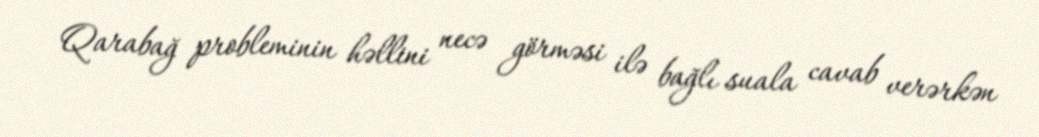
Qarabağ probleminin həllini necə görməsi ilə bağlı suala cavab verərkən